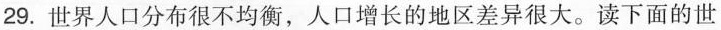
29.世界人口分布很不均衡，人口增长的地区差异很大。读下面的世